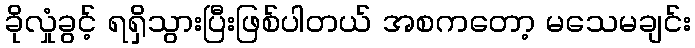
ခိုလှုံခွင့် ရရှိသွားပြီးဖြစ်ပါတယ် အစကတော့ မသေမချင်း